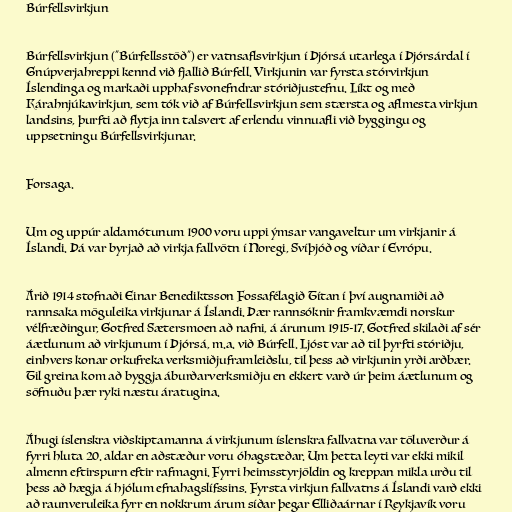
Búrfellsvirkjun

Búrfellsvirkjun ("Búrfellsstöð") er vatnsaflsvirkjun í Þjórsá utarlega í Þjórsárdal í
Gnúpverjahreppi kennd við fjallið Búrfell. Virkjunin var fyrsta stórvirkjun
Íslendinga og markaði upphaf svonefndrar stóriðjustefnu. Líkt og með
Kárahnjúkavirkjun, sem tók við af Búrfellsvirkjun sem stærsta og aflmesta virkjun
landsins, þurfti að flytja inn talsvert af erlendu vinnuafli við byggingu og
uppsetningu Búrfellsvirkjunar.

Forsaga.

Um og uppúr aldamótunum 1900 voru uppi ýmsar vangaveltur um virkjanir á
Íslandi. Þá var byrjað að virkja fallvötn í Noregi, Svíþjóð og víðar í Evrópu.

Árið 1914 stofnaði Einar Benediktsson Fossafélagið Títan í því augnamiði að
rannsaka möguleika virkjunar á Íslandi. Þær rannsóknir framkvæmdi norskur
vélfræðingur, Gotfred Sætersmoen að nafni, á árunum 1915-17. Gotfred skilaði af sér
áætlunum að virkjunum í Þjórsá, m.a. við Búrfell. Ljóst var að til þyrfti stóriðju,
einhvers konar orkufreka verksmiðjuframleiðslu, til þess að virkjunin yrði arðbær.
Til greina kom að byggja áburðarverksmiðju en ekkert varð úr þeim áætlunum og
söfnuðu þær ryki næstu áratugina.

Áhugi íslenskra viðskiptamanna á virkjunum íslenskra fallvatna var töluverður á
fyrri hluta 20. aldar en aðstæður voru óhagstæðar. Um þetta leyti var ekki mikil
almenn eftirspurn eftir rafmagni. Fyrri heimsstyrjöldin og kreppan mikla urðu til
þess að hægja á hjólum efnahagslífssins. Fyrsta virkjun fallvatns á Íslandi varð ekki
að raunveruleika fyrr en nokkrum árum síðar þegar Elliðaárnar í Reykjavík voru